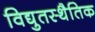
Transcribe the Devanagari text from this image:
विद्युतस्थैतिक